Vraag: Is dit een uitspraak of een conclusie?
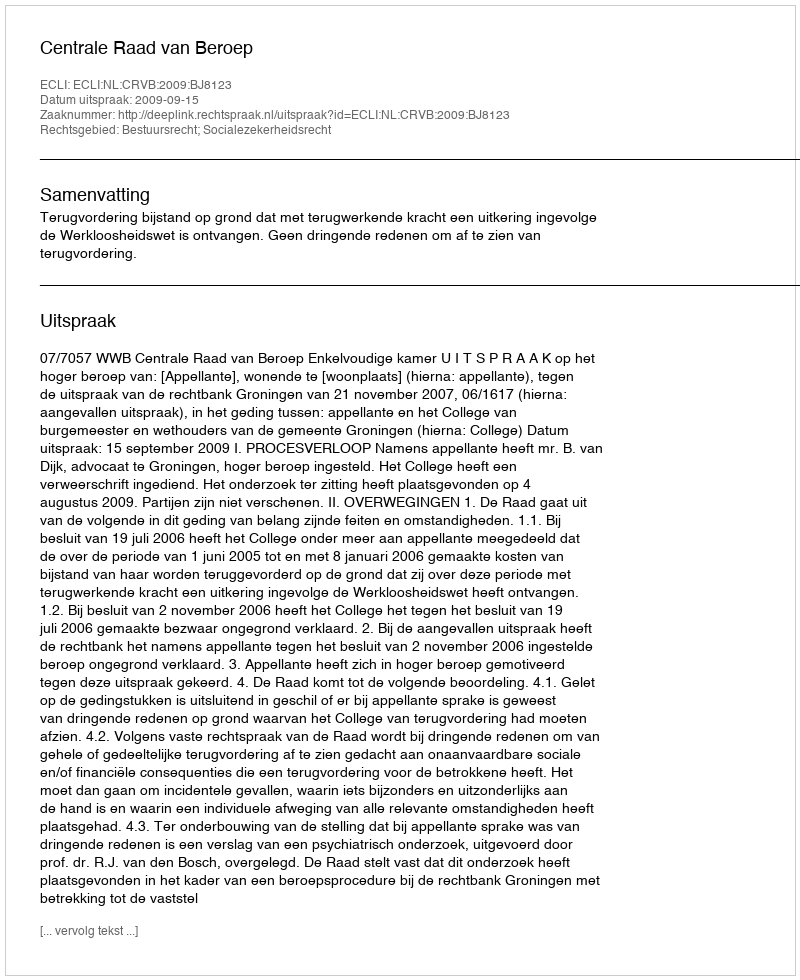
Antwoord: Uitspraak